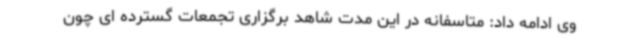
وی ادامه داد: متاسفانه در این مدت شاهد برگزاری تجمعات گسترده ای چون